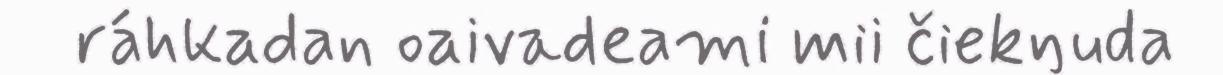
ráhkadan oaivadeami mii čiekŋuda